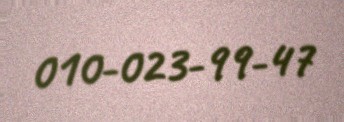
010-023-99-47